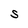
Character: S